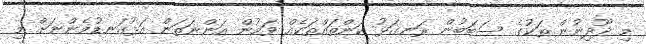
މި ދޫދިނުން ތަކުގެ ސަބަބުން ރަނގަޅު ކަންތައްތަކެއް ވަމުން އަންނަތަން އަޅުގަނޑުމެންނަށް މި